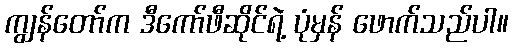
ကျွန်တော်က ဒီကော်ဖီဆိုင်ရဲ့ ပုံမှန် ဖောက်သည်ပါ။